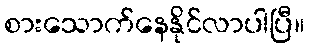
စားသောက်နေနိုင်လာပါပြီ။